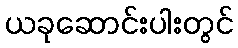
ယခုဆောင်းပါးတွင်